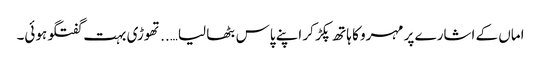
اماں کے اشارے پر مہرو کا ہاتھ پکڑ کر اپنے پاس بٹھا لیا…..تھوڑی بہت گفتگو ہوئی۔